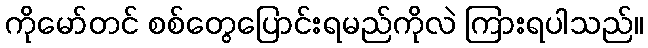
ကိုမော်တင် စစ်တွေပြောင်းရမည်ကိုလဲ ကြားရပါသည်။